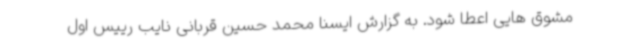
مشوق هایی اعطا شود. به گزارش ایسنا محمد حسین قربانی نایب رییس اول